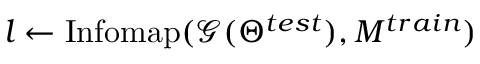
l \gets \mathrm { I n f o m a p } ( \mathcal { G } ( \Theta ^ { t e s t } ) , M ^ { t r a i n } )